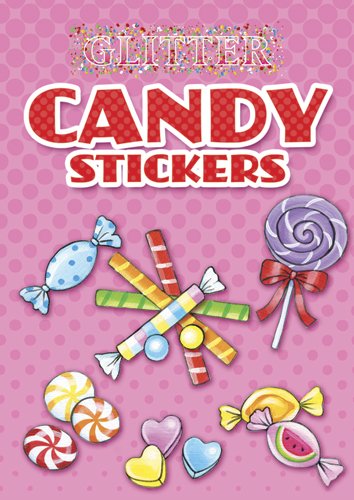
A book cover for Glitter Candy Stickers (Dover Little Activity Books Stickers); Noelle Dahlen; Arts & Photography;